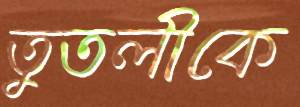
তুতলীকে